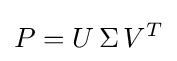
P=U\,\Sigma \,V^{T}